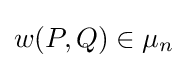
w(P,Q)\in \mu _{n}